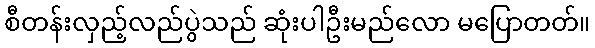
စီတန်းလှည့်လည်ပွဲသည် ဆုံးပါဦးမည်လော မပြောတတ်။